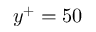
y ^ { + } = 5 0